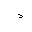
Letter: _dal